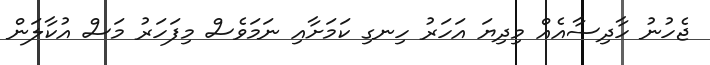
ޖެހުނު ހާދިސާއެއް މިދިޔަ އަހަރު ހިނގި ކަމަށާއި ނަމަވެސް މިފަހަރު މަސް އުކާލަން